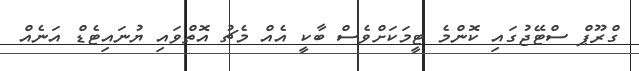
ގްރޫޕް ސްޓޭޖުގައި ކޮންމެ ޓީމަކަށްވެސް ބާކީ އެއް މެޗު އޮތްވައި ޔުނައިޓެޑް އަނެއް